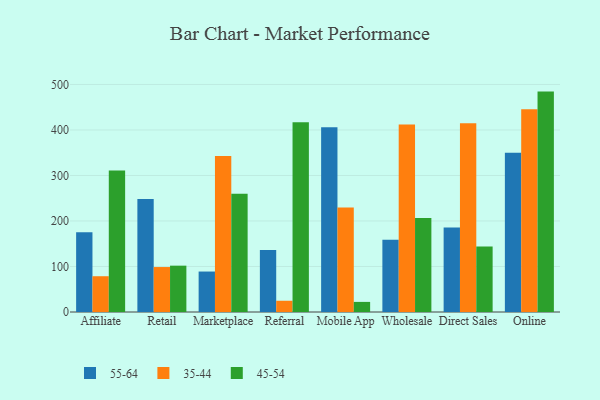
{"axis": {"x": "Channel", "y": "Net Income (USD K)"}, "legend": ["35-44", "45-54", "55-64"], "data": [{"x": "Affiliate", "y": 175.4, "type": "55-64"}, {"x": "Affiliate", "y": 78.6, "type": "35-44"}, {"x": "Affiliate", "y": 311.1, "type": "45-54"}, {"x": "Retail", "y": 248.1, "type": "55-64"}, {"x": "Retail", "y": 98.8, "type": "35-44"}, {"x": "Retail", "y": 101.8, "type": "45-54"}, {"x": "Marketplace", "y": 88.9, "type": "55-64"}, {"x": "Marketplace", "y": 343.0, "type": "35-44"}, {"x": "Marketplace", "y": 259.6, "type": "45-54"}, {"x": "Referral", "y": 136.0, "type": "55-64"}, {"x": "Referral", "y": 24.7, "type": "35-44"}, {"x": "Referral", "y": 417.1, "type": "45-54"}, {"x": "Mobile App", "y": 405.8, "type": "55-64"}, {"x": "Mobile App", "y": 229.5, "type": "35-44"}, {"x": "Mobile App", "y": 22.2, "type": "45-54"}, {"x": "Wholesale", "y": 158.5, "type": "55-64"}, {"x": "Wholesale", "y": 412.1, "type": "35-44"}, {"x": "Wholesale", "y": 206.4, "type": "45-54"}, {"x": "Direct Sales", "y": 185.8, "type": "55-64"}, {"x": "Direct Sales", "y": 414.6, "type": "35-44"}, {"x": "Direct Sales", "y": 144.1, "type": "45-54"}, {"x": "Online", "y": 349.7, "type": "55-64"}, {"x": "Online", "y": 445.4, "type": "35-44"}, {"x": "Online", "y": 484.3, "type": "45-54"}]}